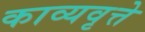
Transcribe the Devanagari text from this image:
काव्यवृत्ते